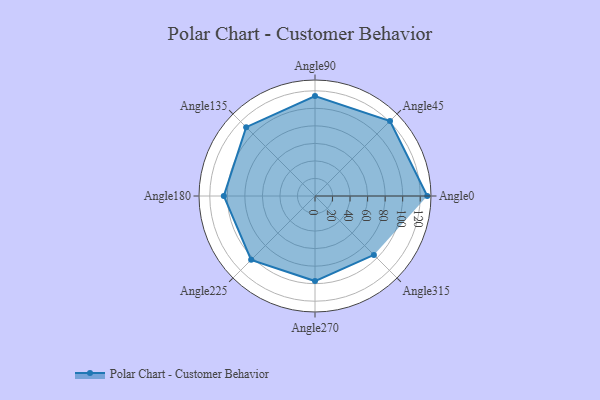
{"axis": {"x": "Angle", "y": "Radius"}, "legend": [""], "data": [{"x": "Angle0", "y": 128.0, "type": ""}, {"x": "Angle45", "y": 121.0, "type": ""}, {"x": "Angle90", "y": 114.0, "type": ""}, {"x": "Angle135", "y": 111.0, "type": ""}, {"x": "Angle180", "y": 104.0, "type": ""}, {"x": "Angle225", "y": 103.0, "type": ""}, {"x": "Angle270", "y": 97.0, "type": ""}, {"x": "Angle315", "y": 95.0, "type": ""}]}